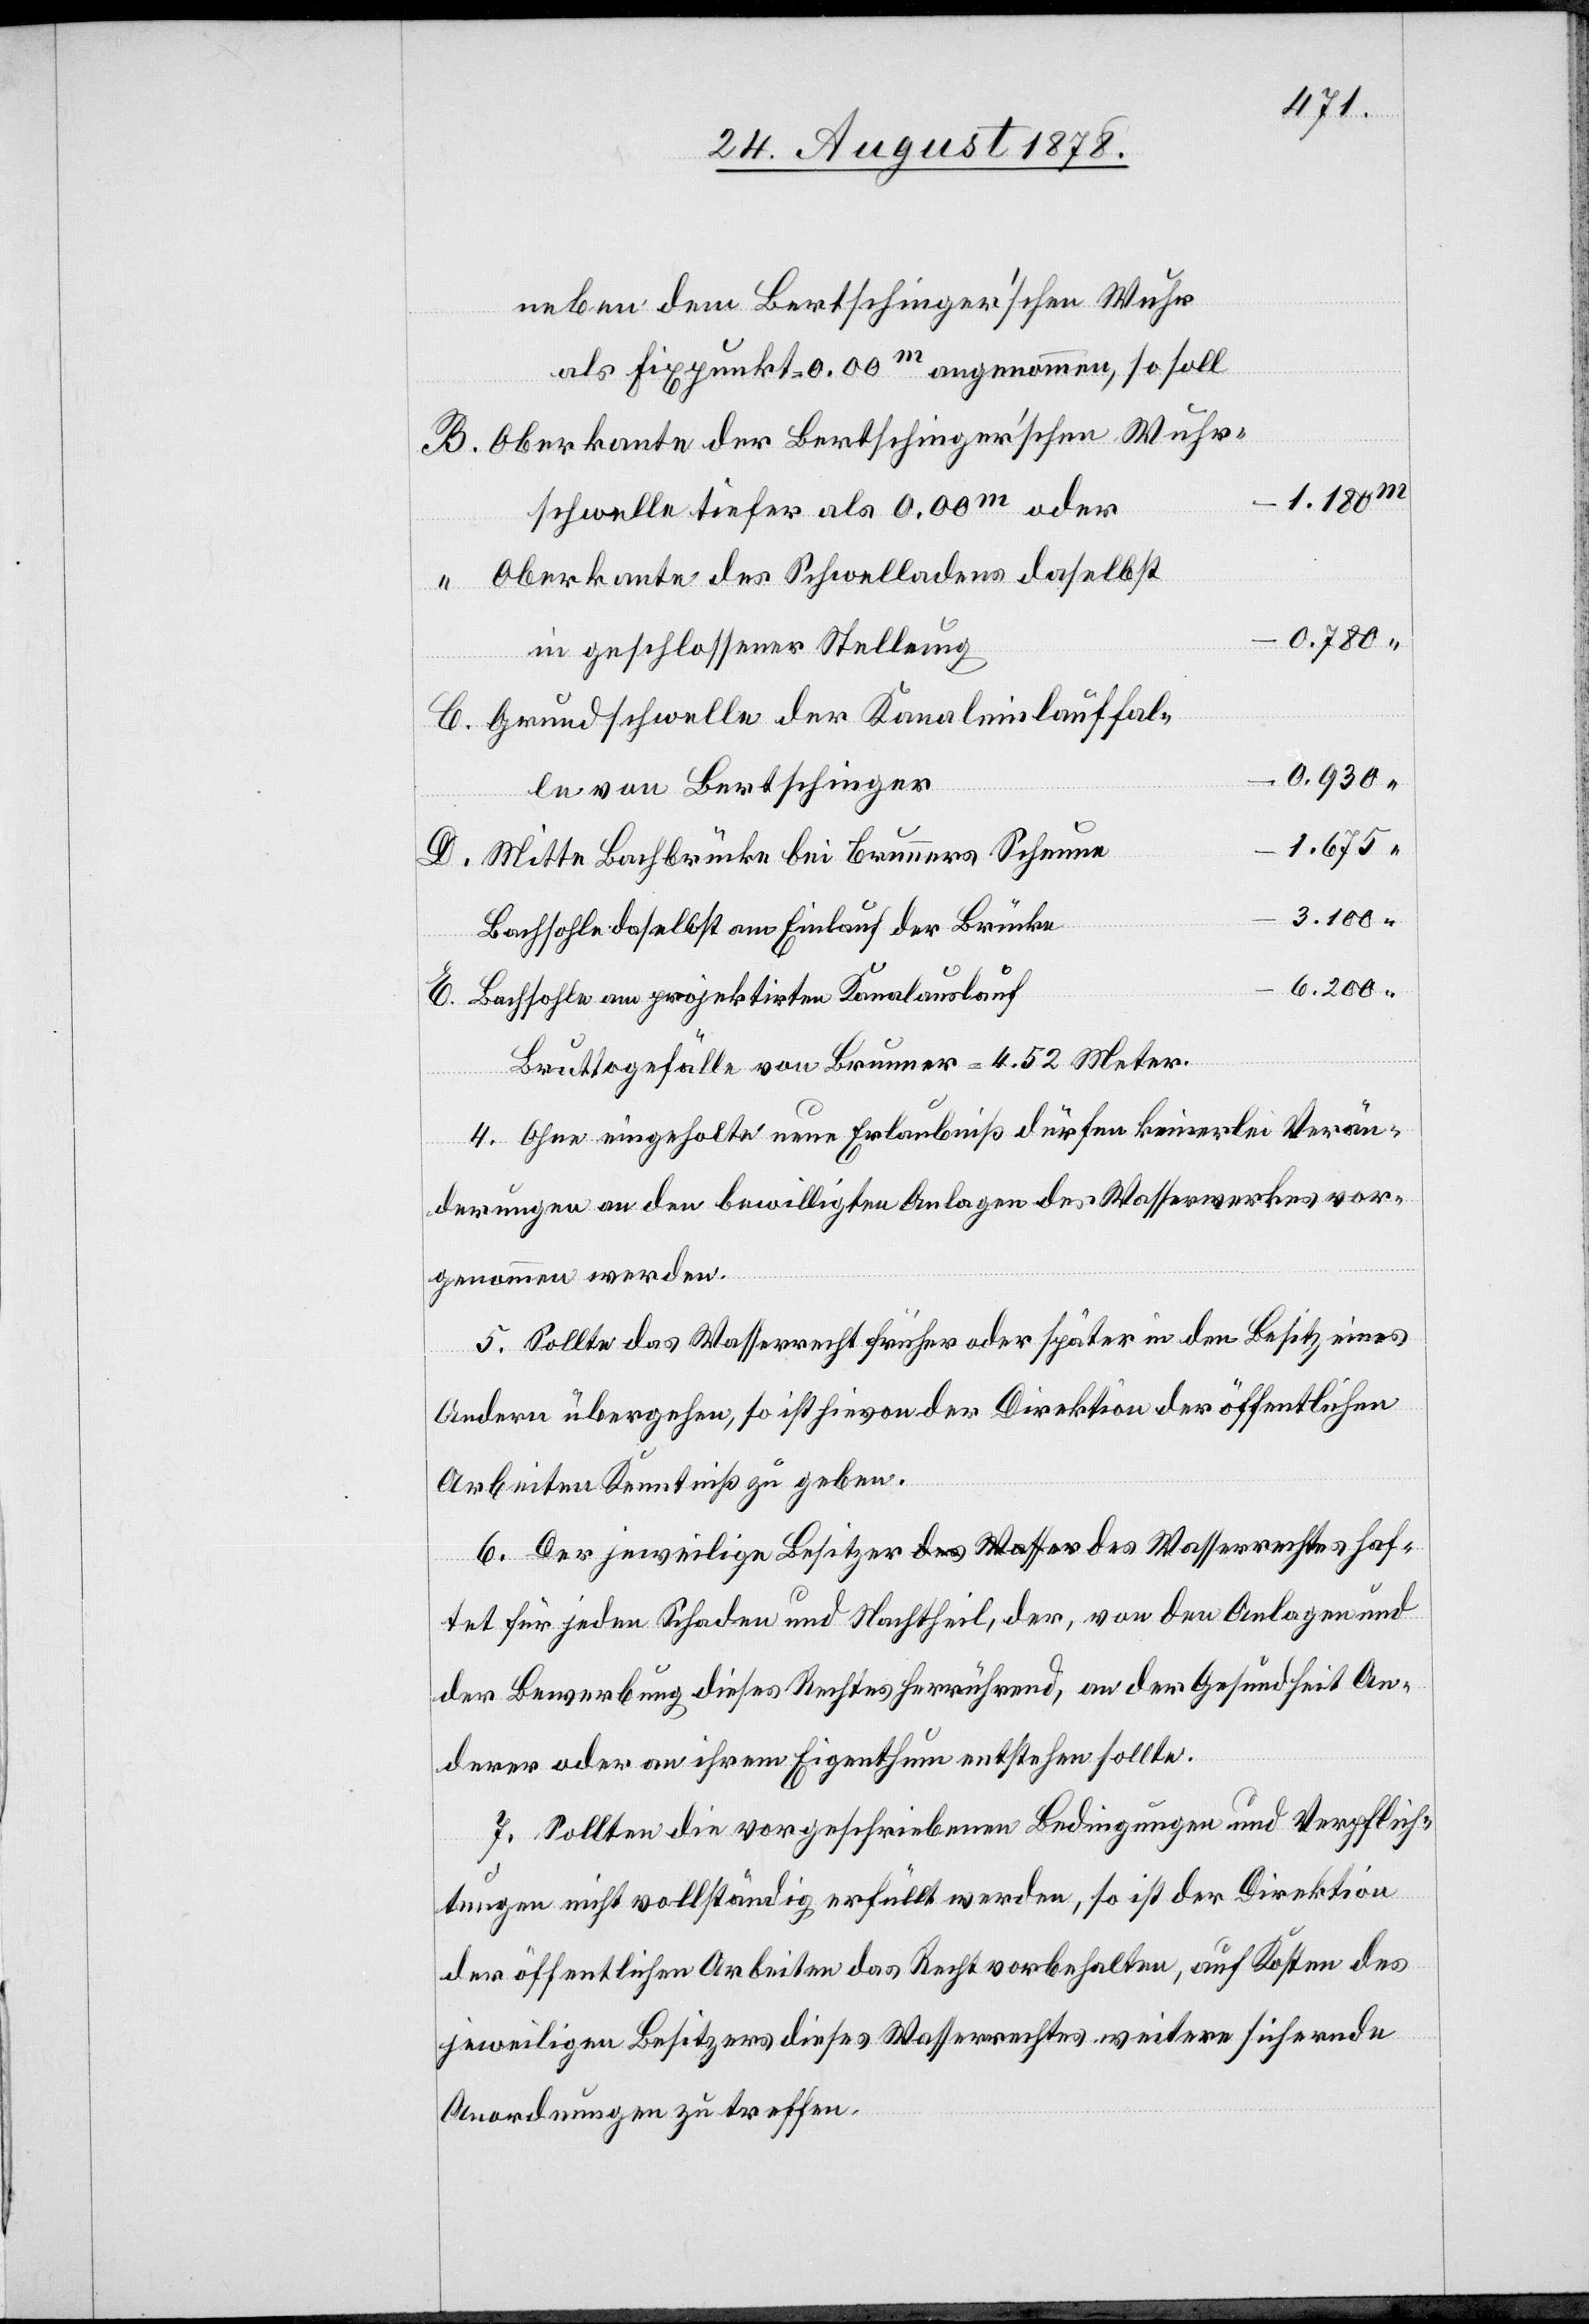
neben dem Bertschinger’schen Wuhr
als Fixpunkt = 0.00m angenommen, so soll
B. Oberkante der Bertschinger’schen Wuhr¬
1.180m
schwelle tiefer als 0.00m oder
“ Oberkante des Schwelladens daselbst
0.780“
in geschlossener Stellung
Anlagen
C. Grundschwelle der Kanaleinlauffal¬
0.930“
le von Bertschinger
1.675“
D. Mitte Bachbrücke bei Brunners Scheune
3.100“
Bachsohle daselbst am Einlauf der Brücke
und
E. Bachsohle am projektirten Kanalauslauf
Bruttogefälle von Brunner = 4.52 Meter.
–
4. Ohne eingeholte neue Erlaubniß dürfen keinerlei Verän¬
derungen an den bewilligten Anlagen des Wasserwerkes vor¬
genommen werden.
5. Sollte das Wasserrecht früher oder später in den Besitz eines
Andern übergehen, so ist hievon der Direktion der öffentlichen
Arbeiten Kenntniß zu geben.
6. Der jeweilige Besitzer des Wasserrechts haftet für jeden Schad¬
der Bewerbung dieses Rechtes herrührend, an der Gesundheit An¬
derer oder an ihrem Eigenthum entstehen sollte.
7. Sollten die vorgeschriebenen Bedingungen und Verpflich¬
tungen nicht vollständig erfüllt werden, so ist der Direktion
der öffentlichen Arbeiten das Recht vorbehalten, auf Kosten des
jeweiligen Besitzers dieses Wasserrechtes weitere sichernde
Anordnungen zu treffen.